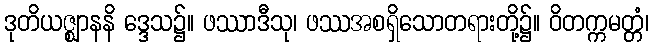
ဒုတိယဇ္ဈာနနိ ဒ္ဒေသ၌။ ဖဿာဒီသု၊ ဖဿအစရှိသောတရားတို့၌။ ဝိတက္ကမတ္တံ၊